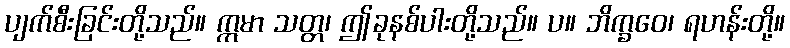
ပျက်စီးခြင်းတို့သည်။ ဣမာ သတ္တ၊ ဤခုနစ်ပါးတို့သည်။ ပ။ ဘိက္ခဝေ၊ ရဟန်းတို့။